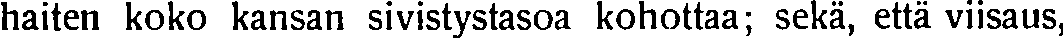
haiten koko kansan sivistystasoa kohottaa; sekä, että viisaus,